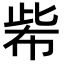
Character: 𢃌